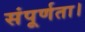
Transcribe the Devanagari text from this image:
संपूर्णता।